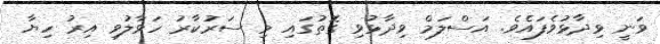
ވަނީ ވިދާޅުވެފައެވެ. އަސްލަމް ވިދާޅުވި ގޮތުގައި މި ސަރުކާރު ހަވާލުވި އިރު ހިޔާ